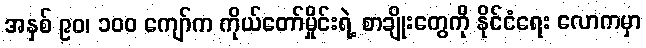
အနှစ် ၉၀၊ ၁၀၀ ကျော်က ကိုယ်တော်မှိုင်းရဲ့ စာချိုးတွေကို နိုင်ငံရေး လောကမှာ